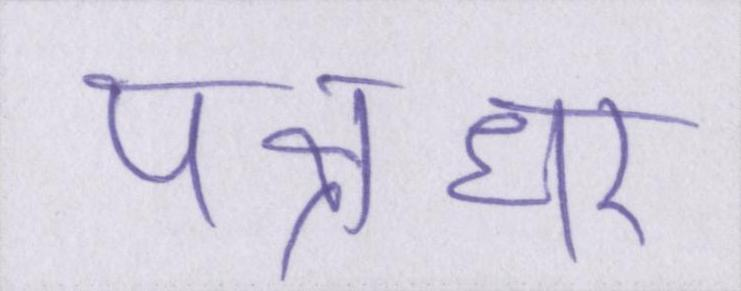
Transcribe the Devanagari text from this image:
पक्षधर